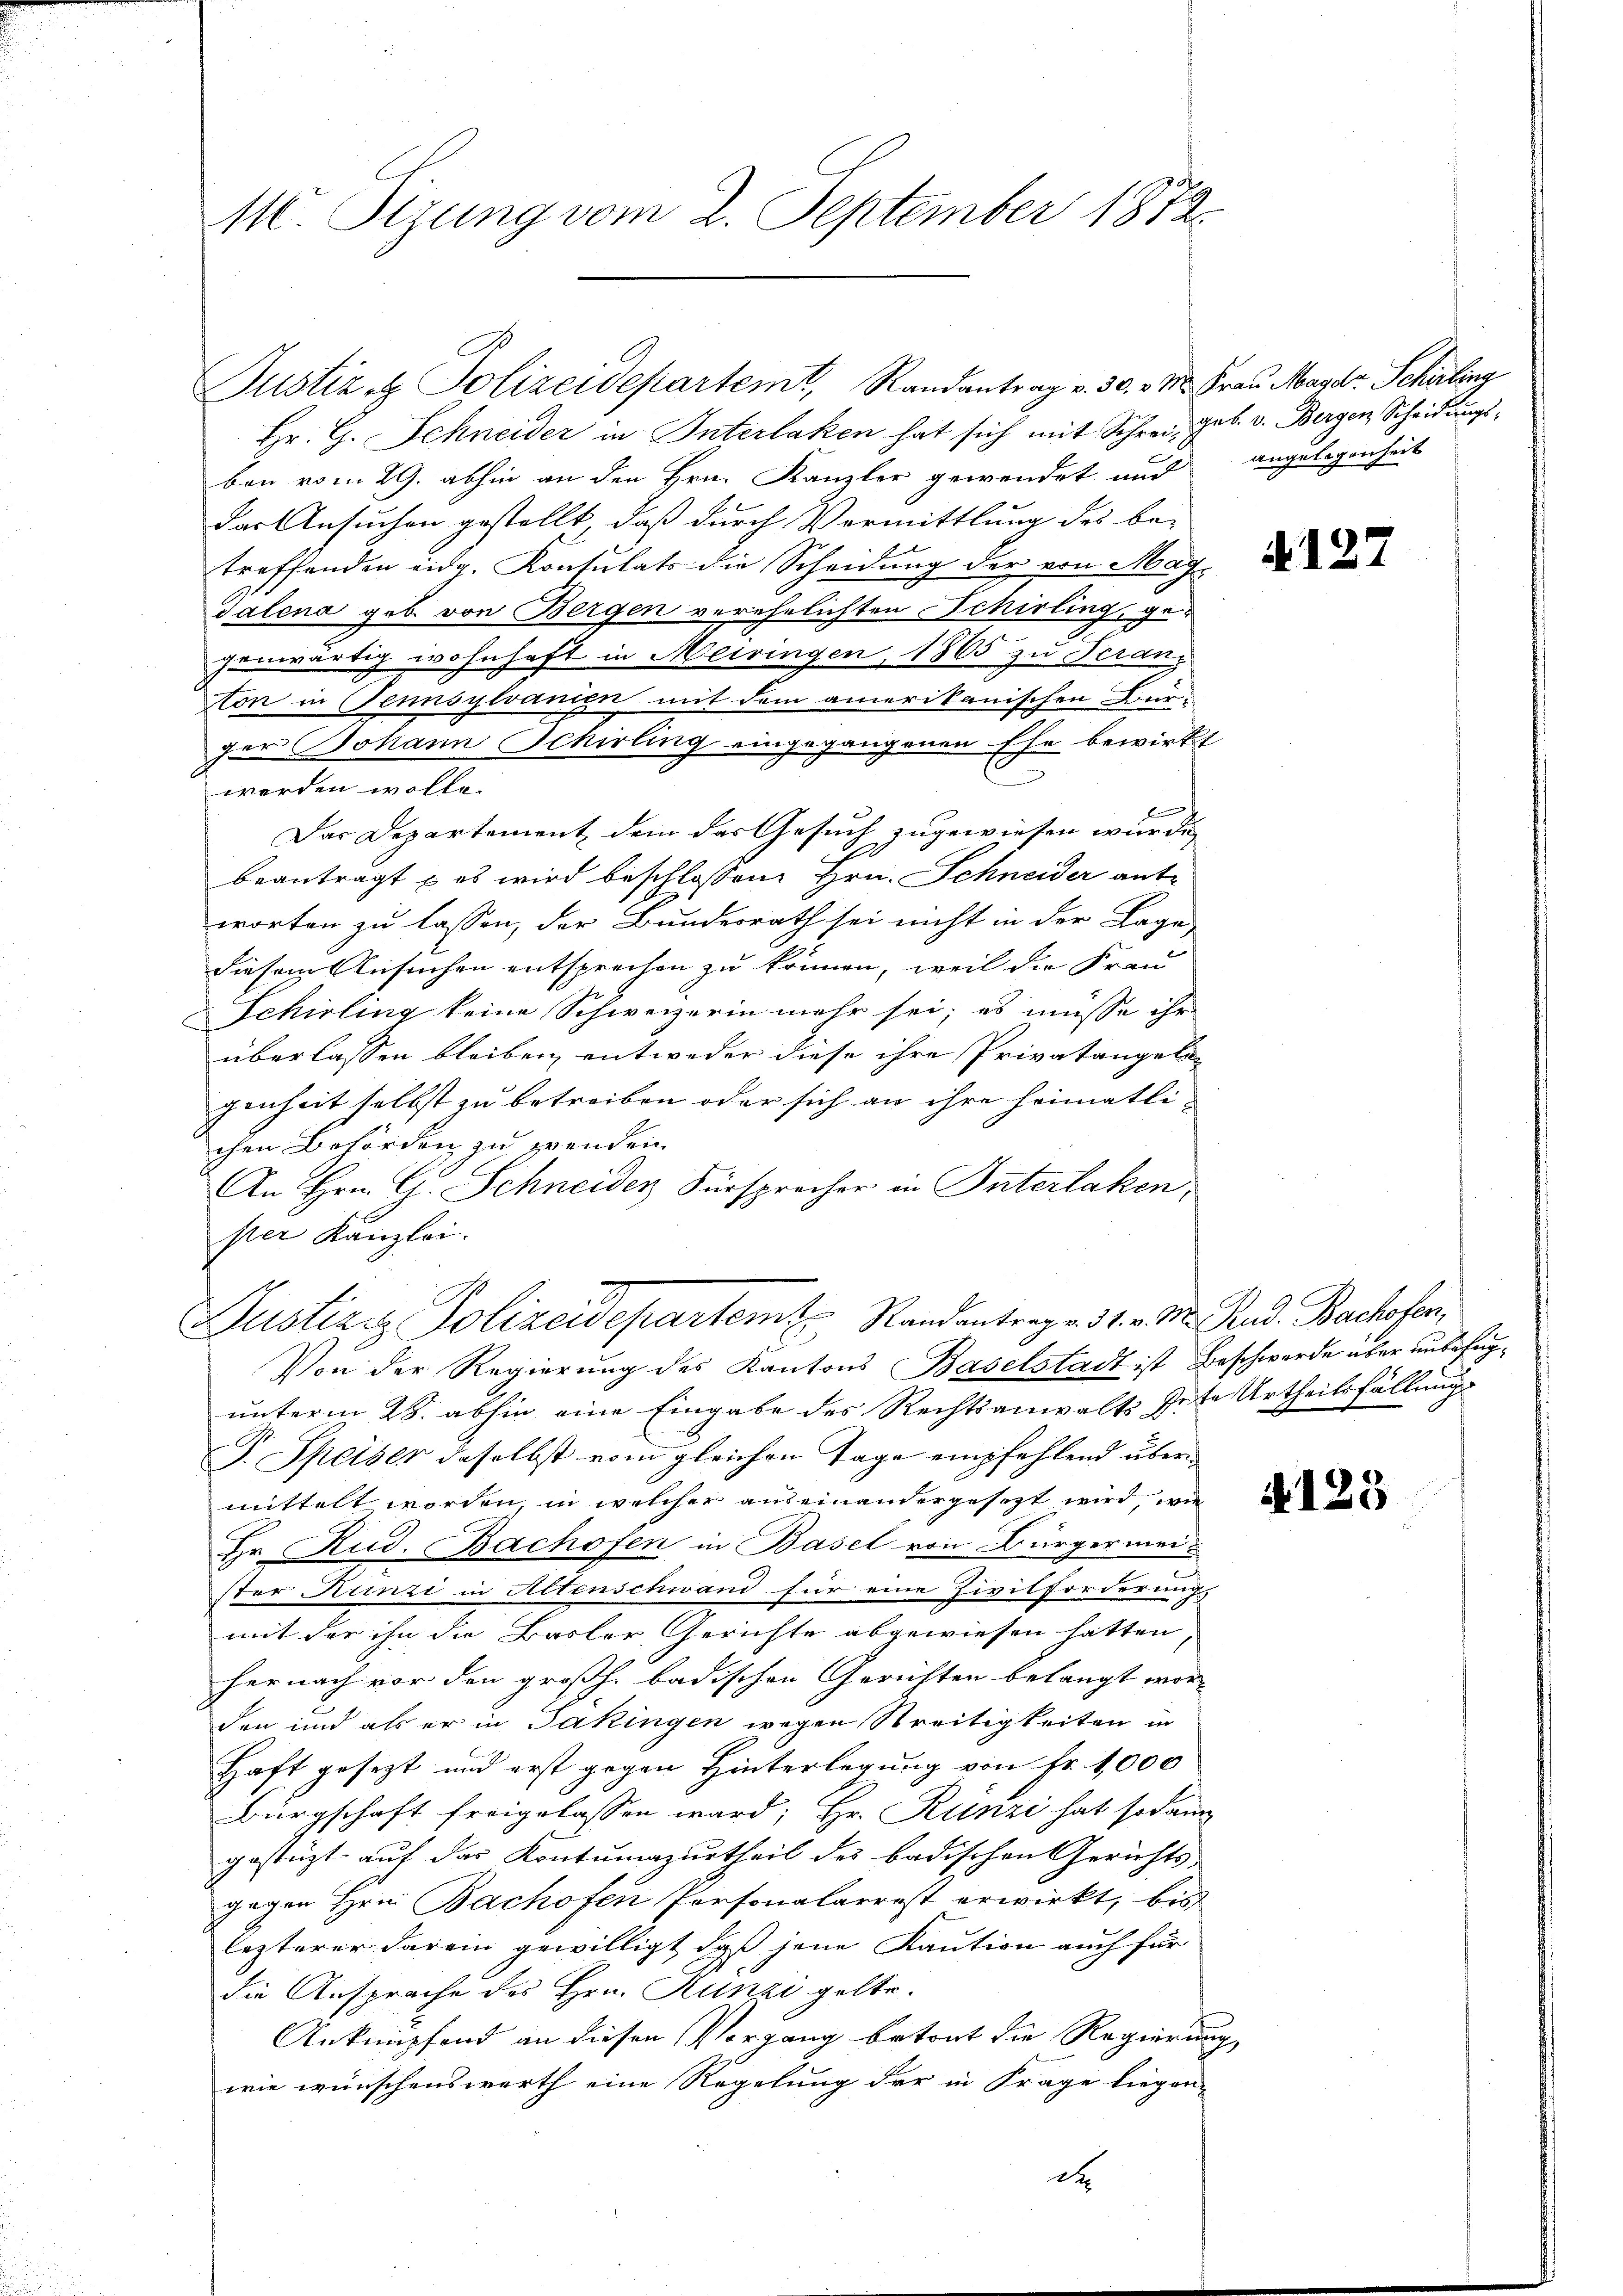
M. Sizung vom 2. September 1872.

Hr. G. Schneider in Interlaken hat sich mit Schrei, geb. v. Bergen Scheidungsben vom 29. abhin an den Hrn. Kanzler gewendet und
dar Ansuchen gestellt, daß durch Vormittlung des be-
treffenden eidg. Kontulats die Scheidung der von Mag¬
Talena geb. von Bergen verehelichten Schirling, ge-
genwärtig wohnhaft in Meiringen, 1865 zu Franz
ston in Tennsylvanien mit dem amerikanischen Bur
ger Johann Schirling eingegangenen Ehe bewirkt
werden wolle.
f
Das Departement dem das Gesuch zugewiesen würde,
beantragt – es wird beschlossen Hrn. Schneider ant-
worten zu lassen, der Bundesrath sei nicht in der Lage,
diesem Ansuchen entsprechen zu können, weil die Frau
Schirling keine Schweizerin mehr sei; es müsse ihr
überlassen bleiben, entweder diese ihre Privatangelegenheit selbst zu betreiben oder sich an ihre heimatlichen Behörden zu wenden
6
An Hrn. G. Schneider Fürsprecher in Interlaken,
ster Kanzlei.
Justiziz Polizeidepartem Standantragen 31. v. M. Pad. Bachofen,
Von der Regierung des Kantons Baselstadt ist Beschwerde über unbefugunterm 28. abhin eine Eingabe des Rechtsanwalts Gute Urtheilsfällungs
J. Speiser daselbst vom gleichen Tage empfehlend übermittelt worden, in welcher auseinandergesezt wird, wie
Hr. Rud. Bachofen in Basel von Bürgermeister Hunzi in Altenschwand für eine Zivilforderung,
mit der ihn die Basler Gerichte abgewiesen hätten
hernach vor den großh. badischen Gerichten belangt wor-
den und als er in Jakingen wegen Streitigkeiten in
Haft gesezt und erst gegen Hinterlegung von Fr. 1,000
Bürgschaft freigelassen ward; Hr. Künzi hat sodann
gestüzt auf das Kontumazurtheil des badischen Gerichts-
gegen Hrn. Bachofen Personalarrest erwirkt, bis
lezterer darein gewilligt, daß jene Kaution auch für
die Ansprache des Hrn. Runzi gelte.
Anknüpfend an diesen Vorgang betont die Regierung
wie wünschenswerth eine Regelung der in Frage liegen-
d

Justiz & Polizeidepartemt, Randantrag v. 30. v. M. Frau Marde. Schirling

angelegenheit

2

A127

4125